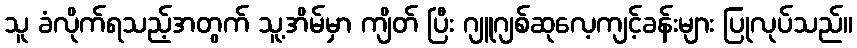
သူ ခံလိုက်ရသည့်အတွက် သူ့အိမ်မှာ ကျိတ် ပြီး ဂျူဂျစ်ဆုလေ့ကျင့်ခန်းများ ပြုလုပ်သည်။